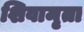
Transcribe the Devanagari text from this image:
शिवामृता